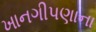
ખાનગીપણાના